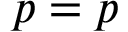
{ \boldsymbol { p } } = p